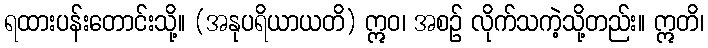
ရထားပန်းတောင်းသို့။ (အနုပရိယာယတိ) ဣဝ၊ အစဉ် လိုက်သကဲ့သို့တည်း။ ဣတိ၊